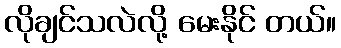
လိုချင်သလဲလို့ မေးနိုင် တယ်။